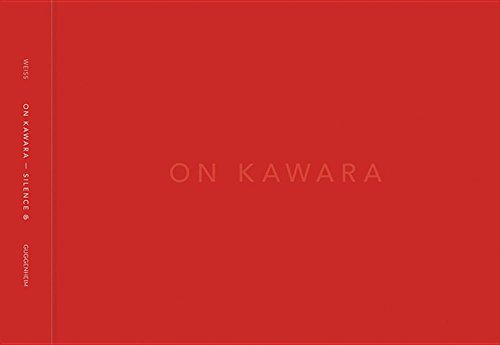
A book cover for On Kawara - Silence; Jeffrey Weiss; Arts & Photography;